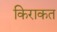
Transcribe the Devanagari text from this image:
किराकत